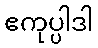
ဧကုပ္ပါဒါ